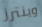
وينترز